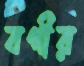
বগীর